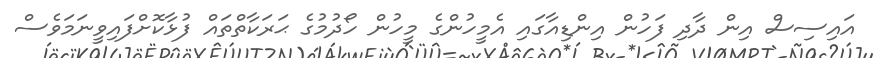
އައިސިސް އިން ދާދި ފަހުން އިންޑިއާގައި އެމީހުންގެ މީހުން ހޯދުމުގެ ޙަރަކާތްތައް ފުޅާކޮށްފައިވީނަމަވެސް